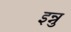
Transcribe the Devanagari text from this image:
इन्नु